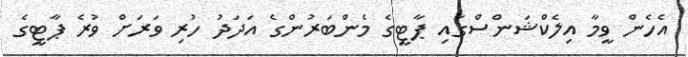
އެހެން ވީމާ އިލެކްޝަންސްގައި ޕާޓީގެ މެންބަރުންގެ އަދަދު ހުރި ވަރަށް ވުރެ ޕާޓީގެ